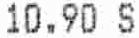
10.90 S